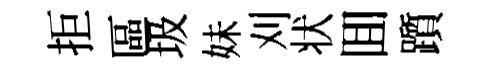
拒區圾妹刈状囬躓